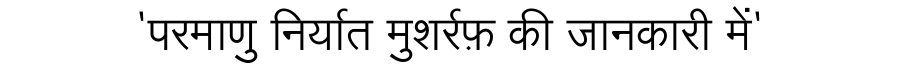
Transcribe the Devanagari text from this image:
'परमाणु निर्यात मुशर्रफ़ की जानकारी में'